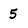
Character: 5